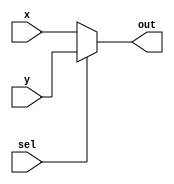
`timescale 1ns / 1ps

module MUX(input x, y, sel, output out);
	assign out = sel ? y : x;
endmodule